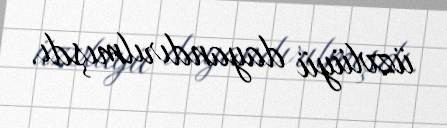
üzvlüyü dayandırılmışdı.